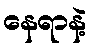
နေရာနဲ့